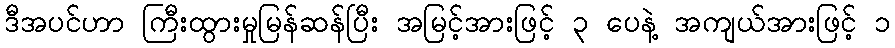
ဒီအပင်ဟာ ကြီးထွားမှုမြန်ဆန်ပြီး အမြင့်အားဖြင့် ၃ ပေနဲ့ အကျယ်အားဖြင့် ၁